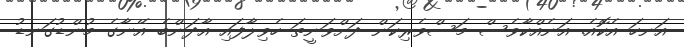
އަނހަ އެކޮއެ. އަނެއްކާވެސް މަސްވެރިކަން ދަށްވަނީތަ ހެވިލާފައި އާދަންބެ އޭނާގެ މުންޑުގަނޑު